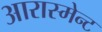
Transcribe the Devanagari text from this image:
आरास्मेन्ट